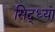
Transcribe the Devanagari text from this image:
सिद्ध्या